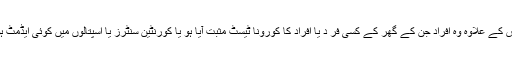
اس کے علاوہ وہ افراد جن کے گھر کے کسی فر د یا افراد کا کورونا ٹیسٹ مثبت آیا ہو یا کورنٹین سنٹرز یا اسپتالوں میں کوئی ایڈمٹ ہو۔